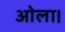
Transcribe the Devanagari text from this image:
ओला।